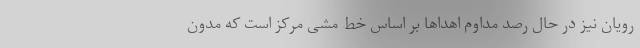
رویان نیز در حال رصد مداوم اهداها بر اساس خط مشی مرکز است که مدون